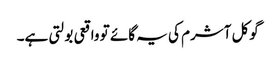
گوکل آشرم کی یہ گائے تو واقعی بولتی ہے۔